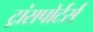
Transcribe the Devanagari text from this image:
ट्रांसपोर्टर्स